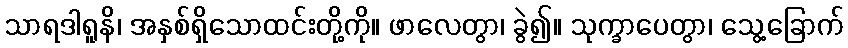
သာရဒါရူနိ၊ အနှစ်ရှိသောထင်းတို့ကို။ ဖာလေတွာ၊ ခွဲ၍။ သုက္ခာပေတွာ၊ သွေ့ခြောက်